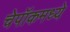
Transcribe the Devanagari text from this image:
चेपॉकमध्ये